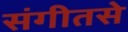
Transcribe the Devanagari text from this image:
संगीतसे